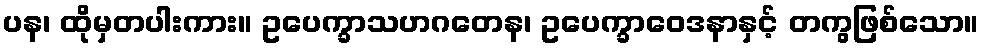
ပန၊ ထိုမှတပါးကား။ ဥပေက္ခာသဟဂတေန၊ ဥပေက္ခာဝေဒနာနှင့် တကွဖြစ်သော။